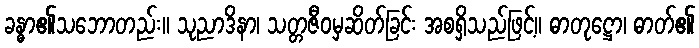
ခန္ဓာ၏သဘောတည်း။ သုညာဒိနာ၊ သတ္တဇီဝမှဆိတ်ခြင်း အစရှိသည်ဖြင့်။ ဓာတုဋ္ဌော၊ ဓာတ်၏